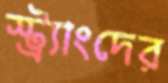
স্ট্র্যাংদের